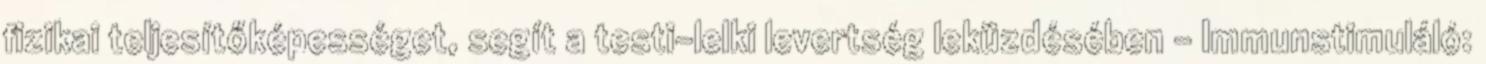
fizikai teljesítőképességet, segít a testi-lelki levertség leküzdésében - Immunstimuláló: